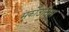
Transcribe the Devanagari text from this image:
मर्कोउसिस